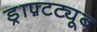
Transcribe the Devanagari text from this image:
ड्राफ़्टट्यूब